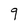
Character: 9